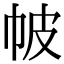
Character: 帔